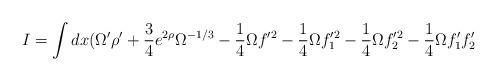
LaTeX: \begin{align*}I = \int dx ( \Omega^{\prime} \rho^{\prime}+ \frac{3}{4} e^{2 \rho} \Omega^{-1 / 3}- \frac{1}{4} \Omega f^{\prime 2} -\frac{1}{4} \Omega f_1^{\prime 2} - \frac{1}{4} \Omega f_2^{\prime 2}-\frac{1}{4} \Omega f_1^{\prime} f_2^{\prime}\end{align*}